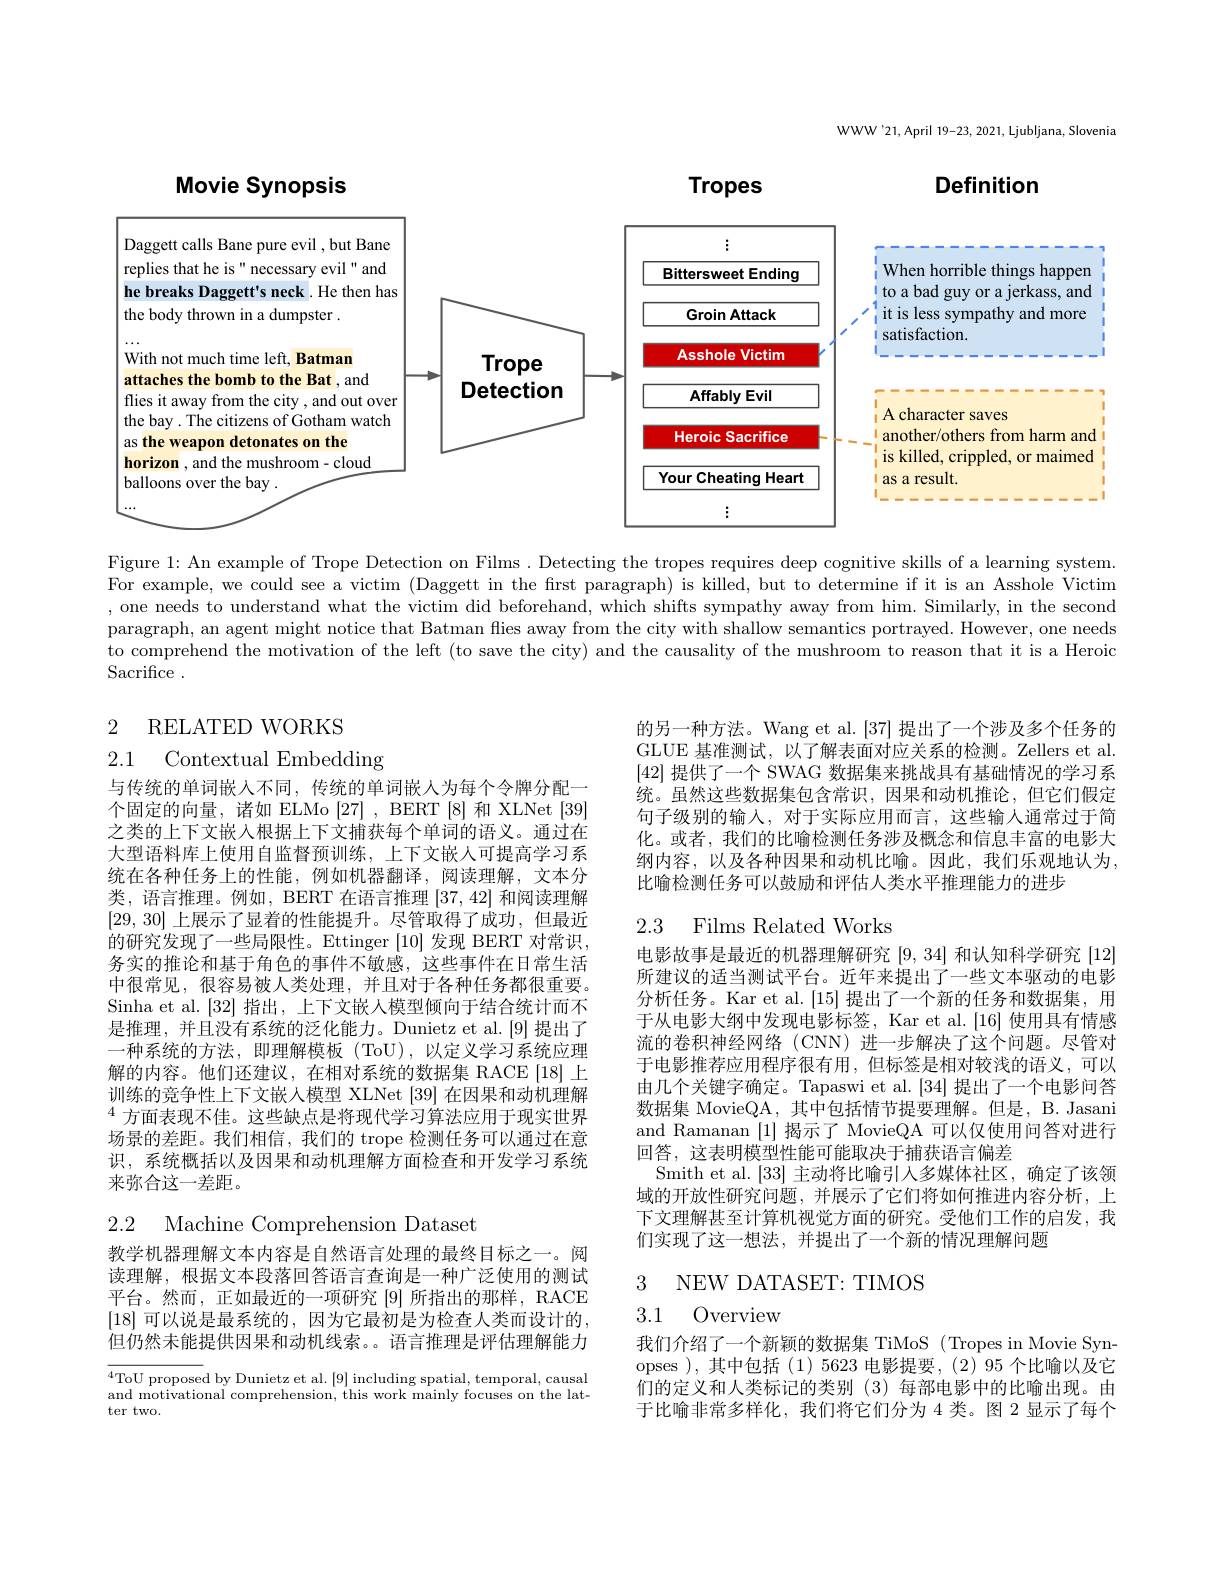
WWW'21,April 19-23, 2021, Ljubljana, Slovenia

Definition

Movie Synopsis

Tropes

<FigureHere>

Figure 1: An example of Trope Detection on Films . Detecting the tropes requires deep cognitive skills of a learning system. For example, we could see a victim (Daggett in the first paragraph) is killed, but to determine if it is an Asshole Victim , one needs to understand what the victim did beforehand, which shifts sympathy away from him. Similarly, in the second paragraph, an agent might notice that Batman flies away from the city with shallow semantics portrayed. However, one neeeds to comprehend the motivation of the left (to save the city) and the causality of the mushroom to reason that it is a Heroic Sacrifice .

2 RELATED WORKS

2.1 Contextual Embedding

的另一种方法。Wang et al. [37] 提出了一个涉及多个任务的GLUE 基准测试，以了解表面对应关系的检测。Zellers et al. [42]提供了一个 SWAG 数据集来挑战具有基础情况的学习系统。虽然这些数据集包含常识，因果和动机推论，但它们假定句子级别的输入，对于实际应用而言，这些输人通常过于简化。或者，我们的比喻检测任务涉及概念和信息丰富的电影大纲内容，以及各种因果和动机比喻。因此，我们乐观地认为， 比喻检测任务可以鼓励和评估人类水平推理能力的进步

## 2.3 Films Related Works

与传统的单词嵌人不同，传统的单词嵌人为每个令牌分配一个固定的向量，诸如 ELMo [27], BERT [8]和 XLNet [39] 之类的上下文嵌入根据上下文捕获每个单词的语义。通过在大型语料库上使用自监督预训练，上下文嵌人可提高学习系统在各种任务上的性能，例如机器翻译，阅读理解，文本分类，语言推理。例如，BERT 在语言推理[37,42]和阅读理解[29,30]上展示了显着的性能提升。尽管取得了成功，但最近的研究发现了一些局限性。Ettinger [10]发现 BERT 对常识， 务实的推论和基于角色的事件不敏感，这些事件在日常生活中很常见，很容易被人类处理，并且对于各种任务都很重要。Sinha et al. [32]指出，上下文嵌入模型倾向于结合统计而不是推理，并且没有系统的泛化能力。Dunietz et al.[9]提出了一种系统的方法，即理解模板(ToU),以定义学习系统应理解的内容。他们还建议，在相对系统的数据集 RACE[18]上训练的竞争性上下文嵌人模型 XLNet [39]在因果和动机理解$^{4}$方面表现不佳。这些缺点是将现代学习算法应用于现实世界场景的差距。我们相信，我们的 trope 检测任务可以通过在意识，系统概括以及因果和动机理解方面检查和开发学习系统来弥合这一差距。

电影故事是最近的机器理解研究[9,34]和认知科学研究[12] 所建议的适当测试平台。近年来提出了一些文本驱动的电影分析任务。Kar et al.[15]提出了一个新的任务和数据集，用于从电影大纲中发现电影标签，Kar et al.[16] 使用具有情感流的卷积神经网络 (CNN) 进一步解决了这个问题。尽管对于电影推荐应用程序很有用，但标签是相对较浅的语义，可以由几个关键字确定。Tapaswi et al. [34] 提出了一个电影问答数据集 MovieQA, 其中包括情节提要理解。但是，B. Jasani and Ramanan [1]揭示了 MovieQA 可以仅使用问答对进行回答，这表明模型性能可能取决于捕获语言偏差
Smith et al. [33]主动将比喻引入多媒体社区，确定了该领域的开放性研究问题，并展示了它们将如何推进内容分析，上下文理解甚至计算机视觉方面的研究。受他们工作的启发，我们实现了这一想法，并提出了一个新的情况理解问题

2.2 Machine Comprehension Dataset

3 NEW DATASET:TIMOS

教学机器理解文本内容是自然语言处理的最终目标之一。阅读理解，根据文本段落回答语言查询是一种广泛使用的测试平台。然而，正如最近的一项研究[9]所指出的那样，RACE [18] 可以说是最系统的，因为它最初是为检查人类而设计的， 但仍然未能提供因果和动机线索。。语言推理是评估理解能力

3.1 Overview

我们介绍了一个新颖的数据集 TiMoS ( Tropes in Movie Synopses ),其中包括(1)5623电影提要，(2)95个比喻以及它们的定义和人类标记的类别(3)每部电影中的比喻出现。由于比喻非常多样化，我们将它们分为 4 类。图 2 显示了每个

$^{4}$ToU proposed by Dunietz et al. [9] including spatial, temporal, causal and motivational comprehension, this work mainly focuses on the latter two.